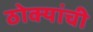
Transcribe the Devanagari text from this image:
ठोक्यांची